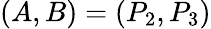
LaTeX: (A,B)=(P_{2},P_{3})